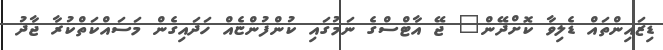
ޑިޒައިންތައް ޑެލިވާ ކޮށްދޭން" ޖޭ އާޓްސްގެ ނަމުގައި ކުންފުންޏެއް ހަދައިގެން މަސައްކަތްކުރާ ޖާދު